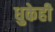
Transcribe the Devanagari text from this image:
धुकेही